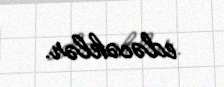
edəcəklər.